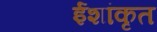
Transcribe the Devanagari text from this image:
ईशांकृत